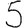
Digit: 5